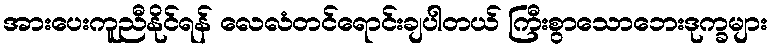
အားပေးကူညီနိုင်ရန် လေလံတင်ရောင်းချပါတယ် ကြီးစွာသောဘေးဒုက္ခများ